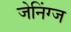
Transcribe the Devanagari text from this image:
जेनिंग्ज